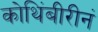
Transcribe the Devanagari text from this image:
कोथिंबीरीनं